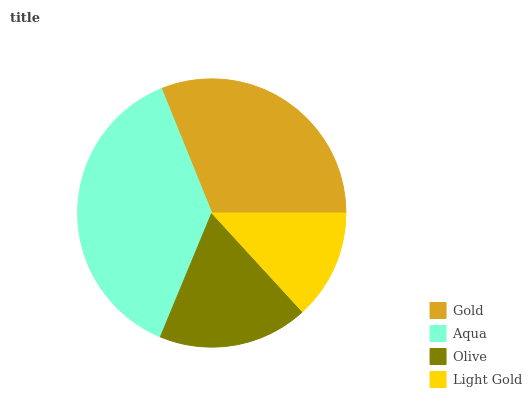
| Gold | Aqua | Olive | Light Gold |
 | --- | --- | --- | --- |
 | 31.1% | 37.6% | 18.2% | 13.2% |